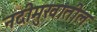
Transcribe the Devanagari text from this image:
नदीमुखातील